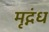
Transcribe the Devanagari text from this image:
मृद्गंध